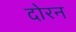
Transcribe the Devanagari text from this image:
दोरन